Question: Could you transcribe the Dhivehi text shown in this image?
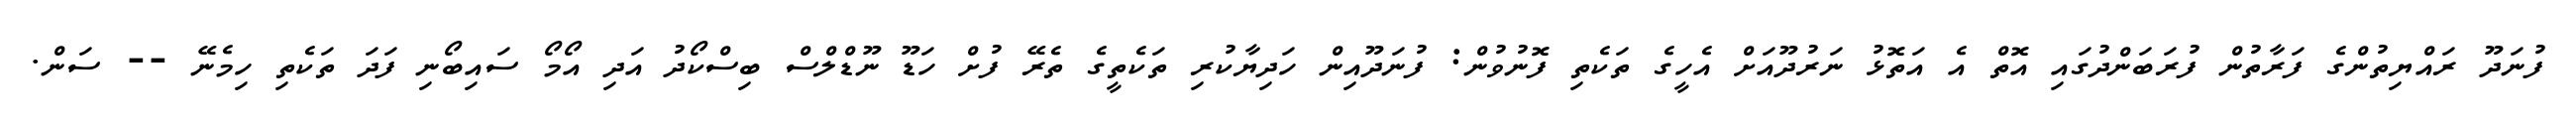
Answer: ފުނަދޫ ރައްޔިތުންގެ ފަރާތުން ފުރަބަންދުގައި އޮތް އެ އަތޮޅު ނަރުދޫއަށް އެހީގެ ތަކެތި ފޮނުވުން: ފުނަދޫއިން ހަދިޔާކުރި ތަކެތީގެ ތެރޭ ފުށް ހަޑޫ ނޫޑްލްސް ބިސްކޯދު އަދި އޯމޯ ސައިބޯނި ފަދަ ތަކެތި ހިމެނޭ -- ސަން.